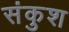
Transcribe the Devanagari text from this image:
संकुश